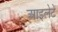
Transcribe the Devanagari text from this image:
आइलेटें